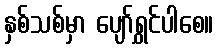
နှစ်သစ်မှာ ပျော်ရွှင်ပါစေ။